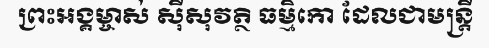
ព្រះអង្គម្ចាស់ ស៊ីសុវត្ថិ ធម្មិកោ ដែលជាមន្ត្រី